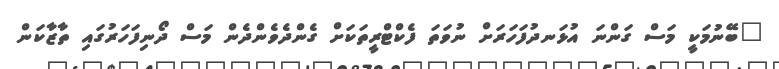
"ބޭނުމަކީ މަސް ގަންނަ އުޅަނދުފަހަރަށް ނުވަތަ ފެކްޓްރީތަކަށް ގެންދެވެންދެން މަސް ދޯނިފަހަރުގައި ތާޒާކަން